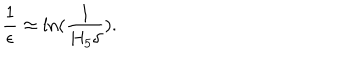
LaTeX: \frac { 1 } { \epsilon } \approx \ln ( \frac { 1 } { H _ { 5 } \delta } ) .